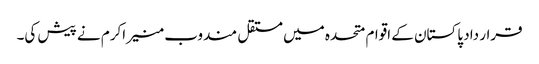
قرار داد پاکستان کے اقوام متحدہ میں مستقل مندوب منیر اکرم نے پیش کی۔